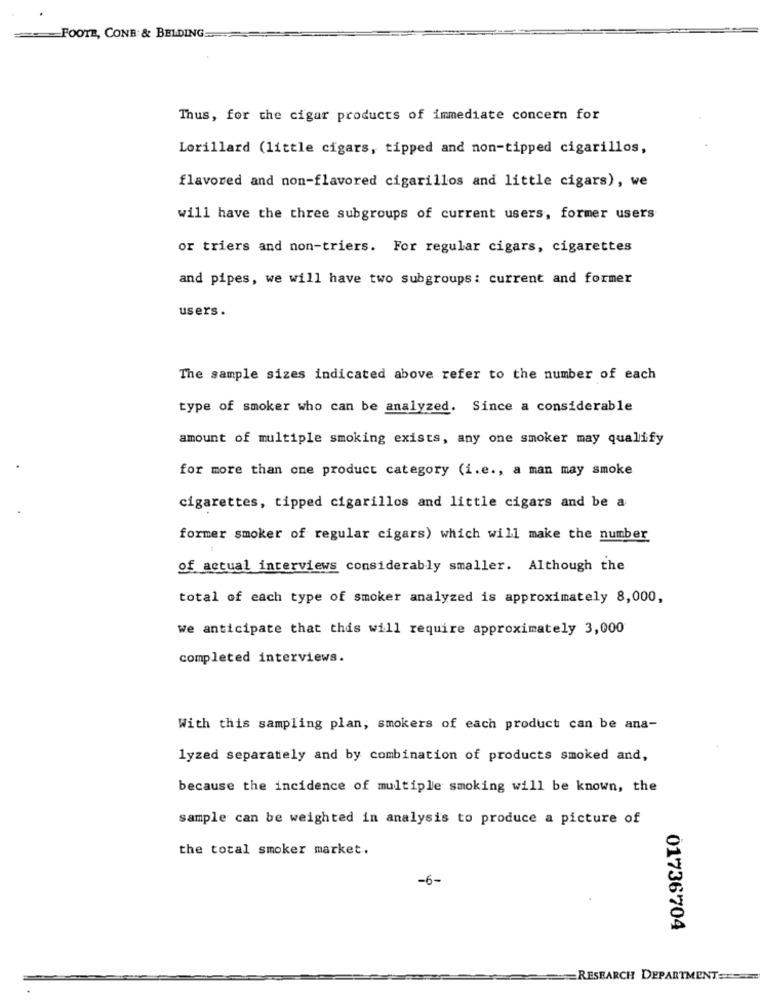
=FOOTE, CONB & BELDING
Thus, for the cigar products of immediate concern for
Lorillard (little cigars, tipped and non-tipped cigarillos,
flavored and non-flavored cigarillos and little cigars), we
will have the three subgroups of current users, former users
or triers and non-triers. For regular cigars, cigarettes
and pipes, we will have two subgroups: current and former
users .
The sample sizes indicated above refer to the number of each
type of smoker who can be analyzed. Since a considerable
amount of multiple smoking exists, any one smoker may qualify
for more than one product category (i.e ., a man may smoke
cigarettes, tipped cigarillos and little cigars and be a
former smoker of regular cigars) which will make the number
of actual interviews considerably smaller. Although the
total of each type of smoker analyzed is approximately 8,000,
we anticipate that this will require approximately 3,000
completed interviews.
With this sampling plan, smokers of each product can be ana-
lyzed separately and by combination of products smoked and,
because the incidence of multiple smoking will be known, the
sample can be weighted in analysis to produce a picture of
the total smoker market.
-6-
01736704
RESEARCH DEPARTMENT